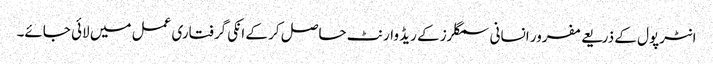
انٹرپول کے ذریعے مفرور انسانی سمگلرز کے ریڈ وارنٹ حاصل کر کے انکی گرفتاری عمل میں لائی جائے۔